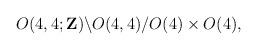
LaTeX: \begin{align*}O(4,4;{\bf Z}) \backslash O(4,4)/O(4) \times O(4),\end{align*}